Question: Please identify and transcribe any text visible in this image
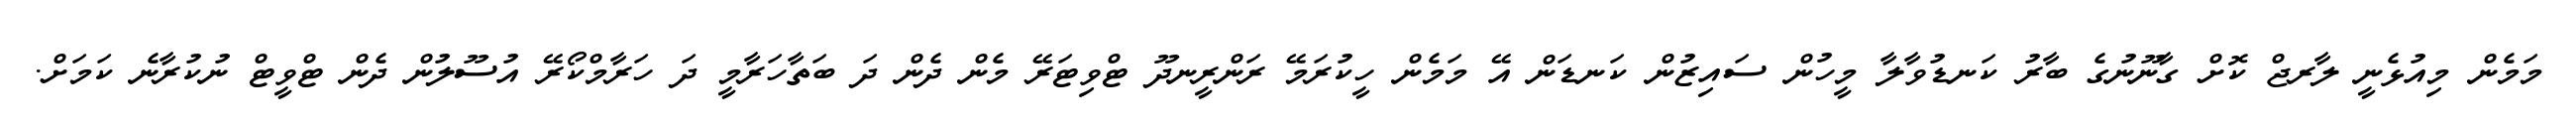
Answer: މަމެން މިއުޅެނީ ލާރޖް ކޮށް ގާނޫނުގެ ބާރު ކަނޑުވާލާ މީހުން ސައިޒުން ކަނޑަން އޭ މަމެން ހީކުރަމޭ ރަންރީނދޫ ޓްވިޓަރޭ މެން ދެން ދަ ބަތާހަރާމީ ދަ ހަރާމްކޯރޭ އުސޫލުން ދެން ޓްވީޓް ނުކުރާނެ ކަމަށް.